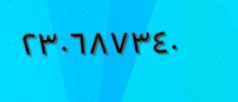
٢٣٠٦٨٧٣٤٠